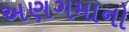
અણગમાનો